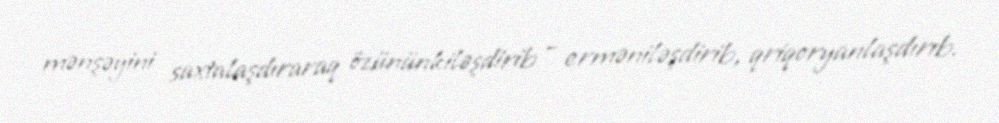
mənşəyini saxtalaşdıraraq özününkiləşdirib – erməniləşdirib, qriqoryanlaşdırıb.